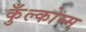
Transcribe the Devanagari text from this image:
कुँल्कोम्म